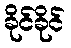
ခိုင်ခိုင်